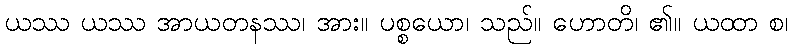
ယဿ ယဿ အာယတနဿ၊ အား။ ပစ္စယော၊ သည်။ ဟောတိ၊ ၏။ ယထာ စ၊